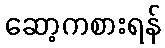
ဆော့ကစားရန်